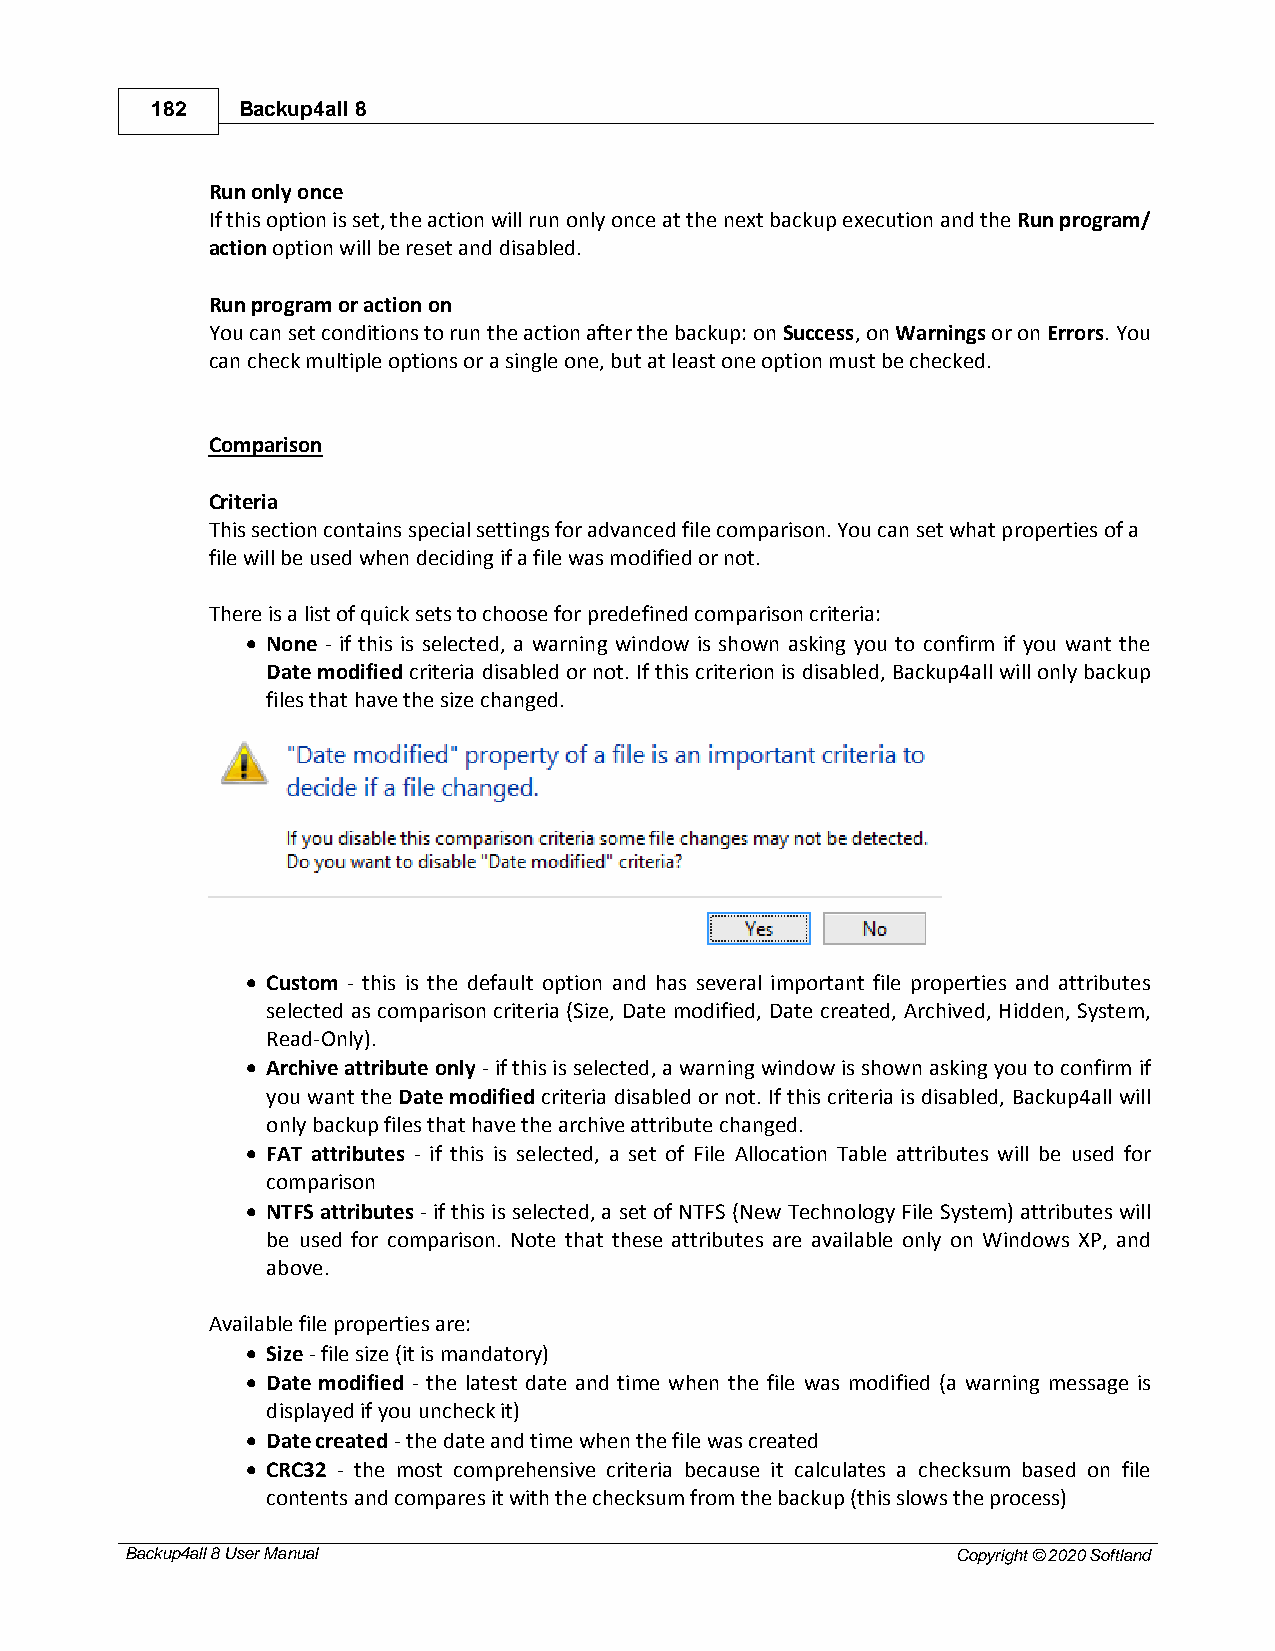
182   Backup4all 8
 Run only once
 If this option is set, the action will run only once at the next backup execution and the Run program/
 action option will be reset and disabled.
 Run program or action on
 You can set conditions to run the action after the backup: on Success, on Warnings or on Errors. You
 can check multiple options or a single one, but at least one option must be checked.
 Comparison
 Criteria
 This section contains special settings for advanced file comparison. You can set what properties of a
 file will be used when deciding if a file was modified or not.
 There is a list of quick sets to choose for predefined comparison criteria:
 · None - if this is selected, a warning window is shown asking you to confirm if you want the
 Date modified criteria disabled or not. If this criterion is disabled, Backup4all will only backup
 files that have the size changed.
 · Custom - this is the default option and has several important file properties and attributes
 selected as comparison criteria (Size, Date modified, Date created, Archived, Hidden, System,
 Read-Only).
 · Archive attribute only - if this is selected, a warning window is shown asking you to confirm if
 you want the Date modified criteria disabled or not. If this criteria is disabled, Backup4all will
 only backup files that have the archive attribute changed.
 · FAT attributes - if this is selected, a set of File Allocation Table attributes will be used for
 comparison
 · NTFS attributes - if this is selected, a set of NTFS (New Technology File System) attributes will
 be used for comparison. Note that these attributes are available only on Windows XP, and
 above.
 Available file properties are:
 · Size - file size (it is mandatory)
 · Date modified - the latest date and time when the file was modified (a warning message is
 displayed if you uncheck it)
 · Date created - the date and time when the file was created
 · CRC32 - the most comprehensive criteria because it calculates a checksum based on file
 contents and compares it with the checksum from the backup (this slows the process)
 Backup4all 8 User Manual                               Copyright © 2020 Softland